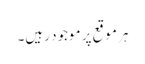
ہر موقع پر موجود رہیں۔